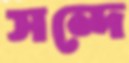
সন্দে